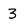
Character: 3